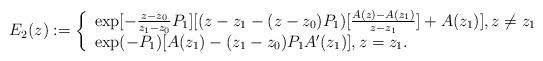
LaTeX: \begin{align*} E_2(z):= \left\{ \begin{array}{ll} \exp[-\frac{z-z_0}{z_1-z_0}P_1][(z-z_1-(z-z_0)P_1)[\frac{A(z)-A(z_1)}{z-z_1}]+A(z_1)] , z \neq z_1 \\ \exp(-P_1)[A(z_1)-(z_1-z_0)P_1A'(z_1)] , z = z_1. \end{array} \right.\end{align*}